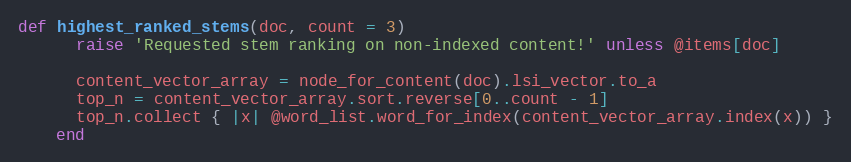
Language: Ruby
def highest_ranked_stems(doc, count = 3)
      raise 'Requested stem ranking on non-indexed content!' unless @items[doc]

      content_vector_array = node_for_content(doc).lsi_vector.to_a
      top_n = content_vector_array.sort.reverse[0..count - 1]
      top_n.collect { |x| @word_list.word_for_index(content_vector_array.index(x)) }
    end